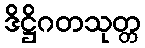
ဒိဋ္ဌိဂတသုတ္တ